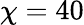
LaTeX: \chi=40